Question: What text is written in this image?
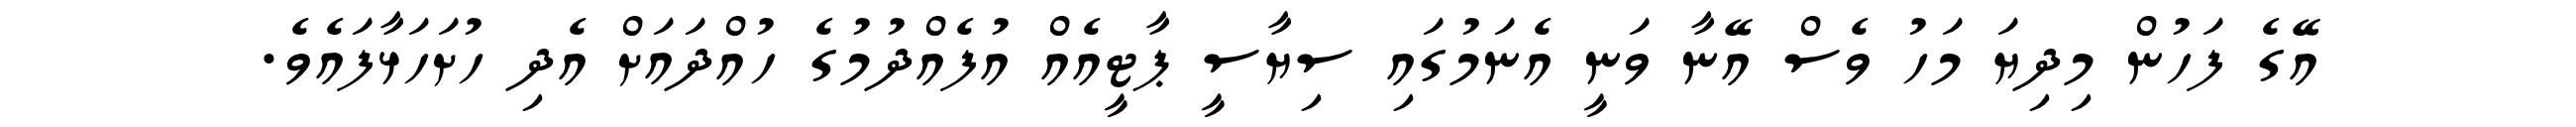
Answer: އޭގެ ފަހުން މިދިޔަ މަހު ވެސް އޭނާ ވަނީ އެނަމުގައި ސިޔާސީ ޕާޓީއެއް އުފެއްދުމުގެ ހުއްދައަށް އެދި ހުށަހަޅާފައެވެ.